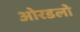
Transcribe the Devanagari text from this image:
ओरडलो